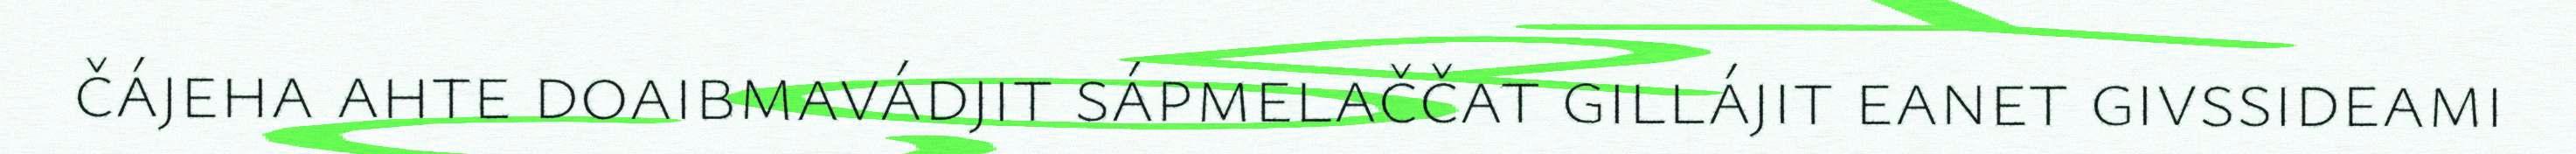
čájeha ahte doaibmavádjit sápmelaččat gillájit eanet givssideami